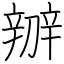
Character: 辧